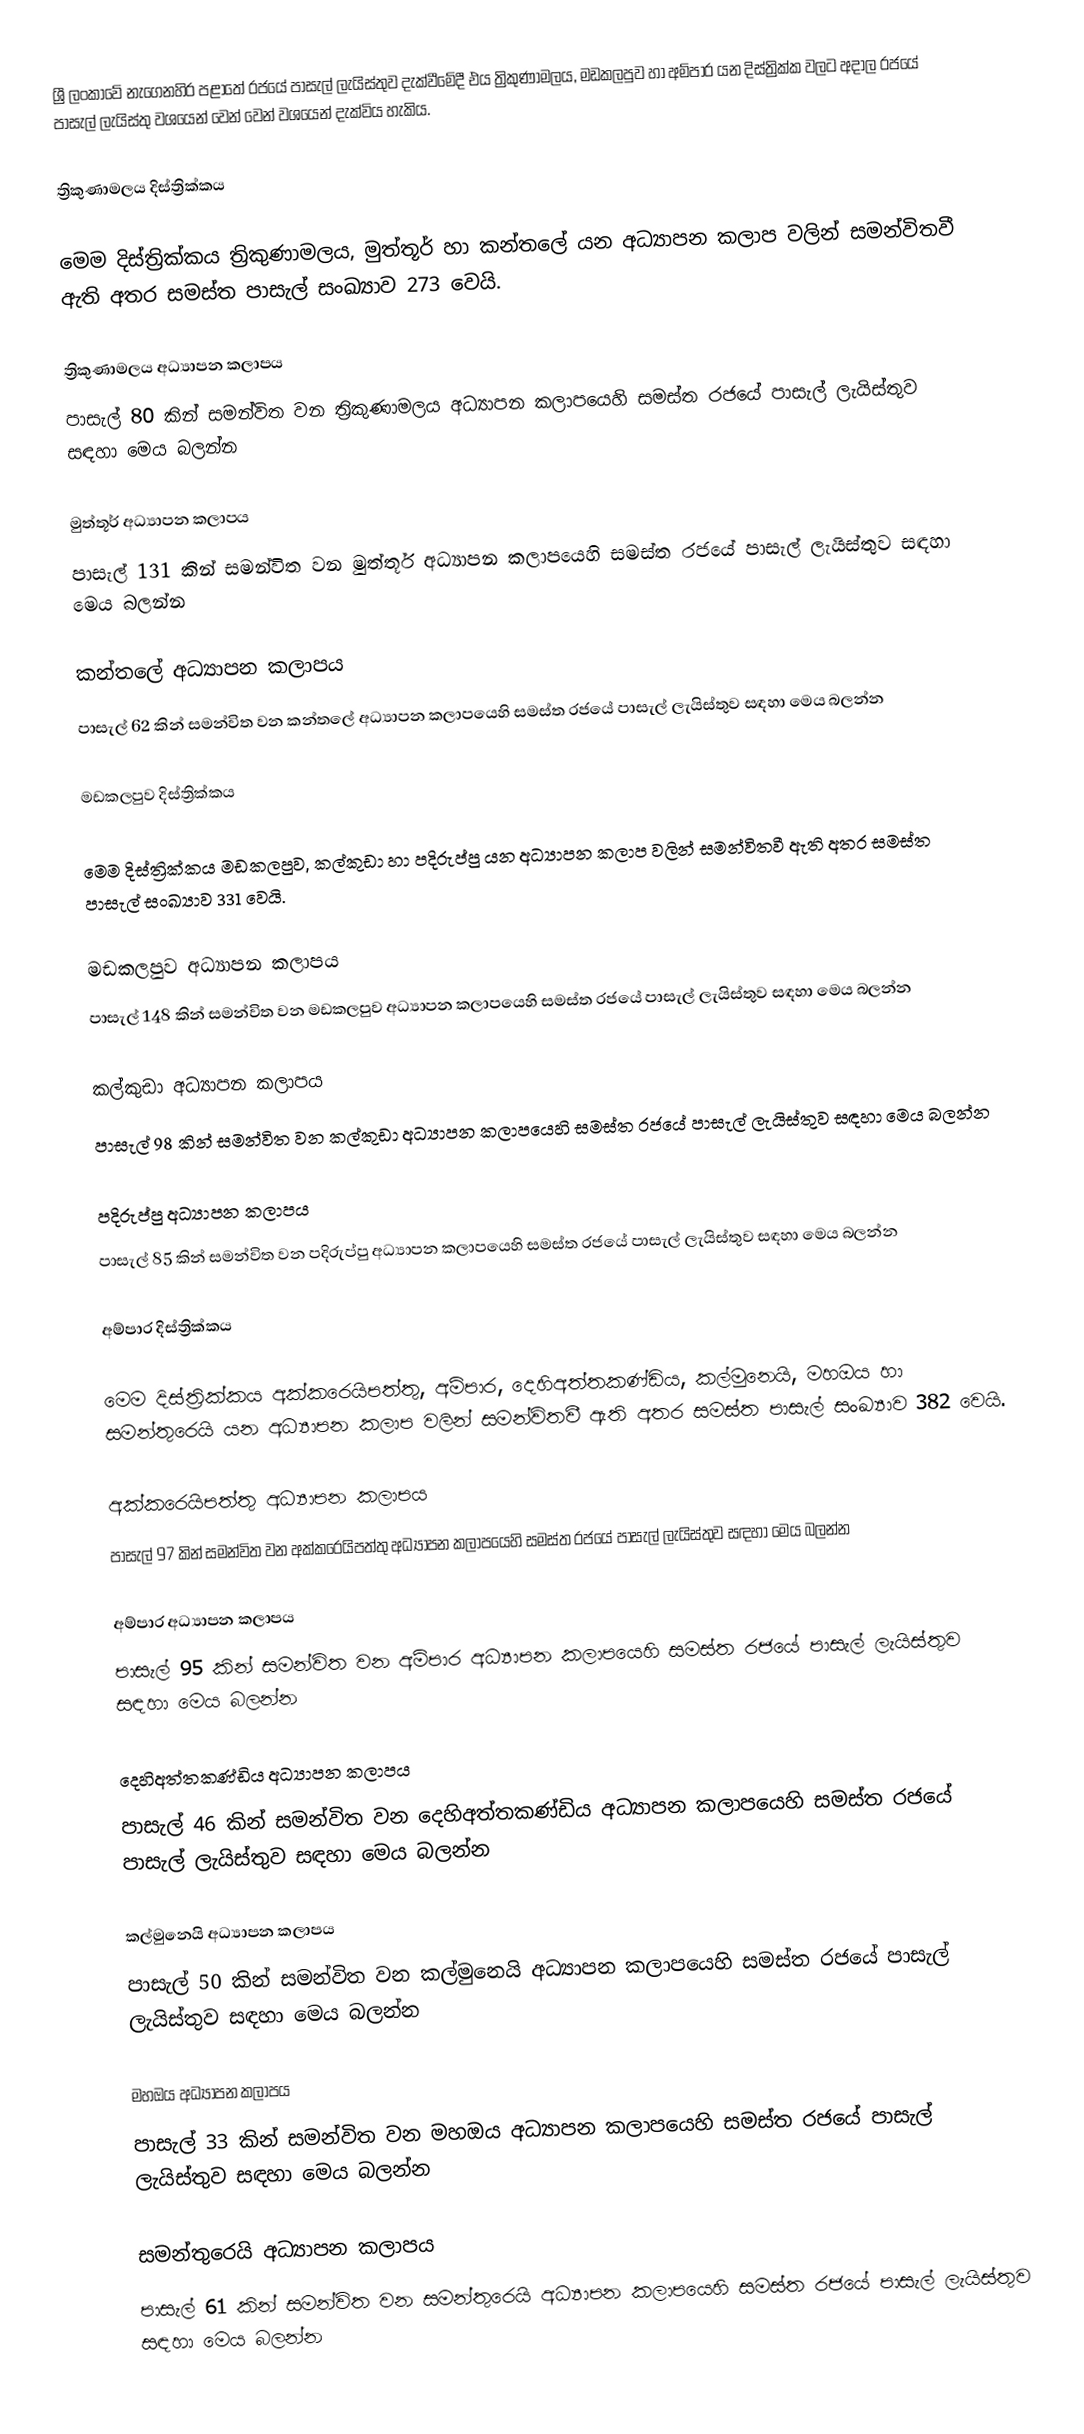
ශ්‍රී ලංකාවේ නැගෙනහිර පළාතේ රජයේ පාසැල් ලැයිස්තුව දැක්වීමේදී එය  ත්‍රිකුණාමලය, මඩකලපුව හා  අම්පාර  යන දිස්ත්‍රික්ක වලට අදාල රජයේ පාසැල් ලැයිස්තු වශයෙන් වෙන් වෙන් වශයෙන් දැක්විය හැකිය.

ත්‍රිකුණාමලය දිස්ත්‍රික්කය

මෙම දිස්ත්‍රික්කය ත්‍රිකුණාමලය, මුත්තූර් හා කන්තලේ  යන අධ්‍යාපන කලාප වලින් සමන්විතවී ඇති අතර සමස්ත පාසැල් සංඛ්‍යාව 273 වෙයි.

ත්‍රිකුණාමලය අධ්‍යාපන කලාපය
පාසැල් 80 කින් සමන්විත වන ත්‍රිකුණාමලය අධ්‍යාපන කලාපයෙහි සමස්ත රජයේ පාසැල් ලැයිස්තුව සඳහා මෙය බලන්න

මුත්තූර් අධ්‍යාපන කලාපය
පාසැල් 131 කින් සමන්විත වන මුත්තූර් අධ්‍යාපන කලාපයෙහි සමස්ත රජයේ පාසැල් ලැයිස්තුව සඳහා මෙය බලන්න

කන්තලේ  අධ්‍යාපන කලාපය
පාසැල් 62 කින් සමන්විත වන කන්තලේ  අධ්‍යාපන කලාපයෙහි සමස්ත රජයේ පාසැල් ලැයිස්තුව සඳහා මෙය බලන්න

මඩකලපුව දිස්ත්‍රික්කය

මෙම දිස්ත්‍රික්කය මඩකලපුව, කල්කුඩා හා පදිරුප්පු  යන අධ්‍යාපන කලාප වලින් සමන්විතවී ඇති අතර සමස්ත පාසැල් සංඛ්‍යාව 331 වෙයි.

මඩකලපුව අධ්‍යාපන කලාපය
පාසැල් 148 කින් සමන්විත වන මඩකලපුව අධ්‍යාපන කලාපයෙහි සමස්ත රජයේ පාසැල් ලැයිස්තුව සඳහා මෙය බලන්න

කල්කුඩා අධ්‍යාපන කලාපය
පාසැල් 98 කින් සමන්විත වන කල්කුඩා අධ්‍යාපන කලාපයෙහි සමස්ත රජයේ පාසැල් ලැයිස්තුව සඳහා මෙය බලන්න

පදිරුප්පු  අධ්‍යාපන කලාපය
පාසැල් 85 කින් සමන්විත වන පදිරුප්පු  අධ්‍යාපන කලාපයෙහි සමස්ත රජයේ පාසැල් ලැයිස්තුව සඳහා මෙය බලන්න

අම්පාර  දිස්ත්‍රික්කය

මෙම දිස්ත්‍රික්කය අක්කරෙයිපත්තු, අම්පාර, දෙහිඅත්තකණ්ඩිය, කල්මුනෙයි, මහඔය හා සමන්තුරෙයි යන අධ්‍යාපන කලාප වලින් සමන්විතවී ඇති අතර සමස්ත පාසැල් සංඛ්‍යාව 382 වෙයි.

අක්කරෙයිපත්තු අධ්‍යාපන කලාපය
පාසැල් 97 කින් සමන්විත වන අක්කරෙයිපත්තු අධ්‍යාපන කලාපයෙහි සමස්ත රජයේ පාසැල් ලැයිස්තුව සඳහා මෙය බලන්න

අම්පාර අධ්‍යාපන කලාපය
පාසැල් 95 කින් සමන්විත වන අම්පාර අධ්‍යාපන කලාපයෙහි සමස්ත රජයේ පාසැල් ලැයිස්තුව සඳහා මෙය බලන්න

දෙහිඅත්තකණ්ඩිය අධ්‍යාපන කලාපය
පාසැල් 46 කින් සමන්විත වන දෙහිඅත්තකණ්ඩිය අධ්‍යාපන කලාපයෙහි සමස්ත රජයේ පාසැල් ලැයිස්තුව සඳහා මෙය බලන්න

කල්මුනෙයි අධ්‍යාපන කලාපය
පාසැල් 50 කින් සමන්විත වන කල්මුනෙයි අධ්‍යාපන කලාපයෙහි සමස්ත රජයේ පාසැල් ලැයිස්තුව සඳහා මෙය බලන්න

මහඔය  අධ්‍යාපන කලාපය
පාසැල් 33 කින් සමන්විත වන මහඔය  අධ්‍යාපන කලාපයෙහි සමස්ත රජයේ පාසැල් ලැයිස්තුව සඳහා මෙය බලන්න

සමන්තුරෙයි අධ්‍යාපන කලාපය
පාසැල් 61 කින් සමන්විත වන සමන්තුරෙයි අධ්‍යාපන කලාපයෙහි සමස්ත රජයේ පාසැල් ලැයිස්තුව සඳහා මෙය බලන්න